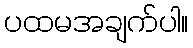
ပထမအချက်ပါ။